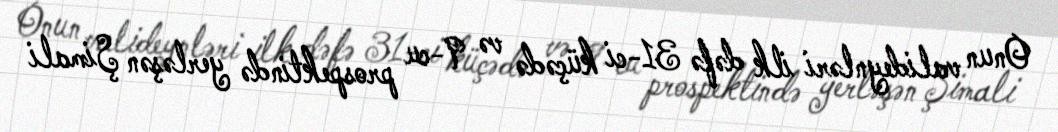
Onun valideynləri ilk dəfə 31-ci küçədə və 9-cu prospektində yerləşən Şimali